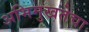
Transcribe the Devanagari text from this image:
अभिमुखतेचा